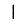
Digit: 1